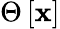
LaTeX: \Theta\left[\mathbf{x}\right]